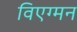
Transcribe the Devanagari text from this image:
विएग्मन